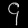
Digit: ၄